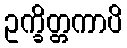
ဥက္ခိတ္တကာပိ